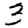
Digit: 3